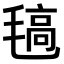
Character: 𣯖